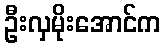
ဦးလှမိုးအောင်က